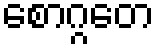
စောဂ္ဂတေ